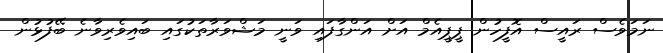
ނަމަވެސް ރައީސް އޮފީހުން ޕީޕީއެމް އަށް އަންގާފައި ވަނީ މަޝްވަރާތަކުގައި ބައިވެރިވާނެ ބޭފުޅުން